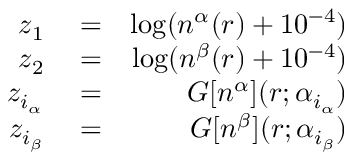
\begin{array} { r l r } { z _ { 1 } } & { { } = } & { \log ( n ^ { \alpha } ( r ) + 1 0 ^ { - 4 } ) } \\ { z _ { 2 } } & { { } = } & { \log ( n ^ { \beta } ( r ) + 1 0 ^ { - 4 } ) } \\ { z _ { i _ { \alpha } } } & { { } = } & { G [ n ^ { \alpha } ] ( r ; \alpha _ { i _ { \alpha } } ) } \\ { z _ { i _ { \beta } } } & { { } = } & { G [ n ^ { \beta } ] ( r ; \alpha _ { i _ { \beta } } ) } \end{array}